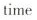
time